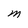
Character: M